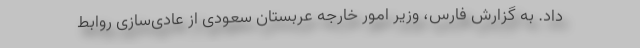
داد. به گزارش فارس، وزیر امور خارجه عربستان سعودی از عادی‌سازی روابط